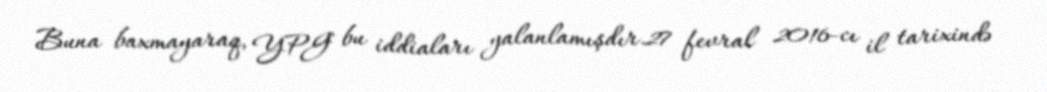
Buna baxmayaraq, YPG bu iddiaları yalanlamışdır.27 fevral 2016-cı il tarixində